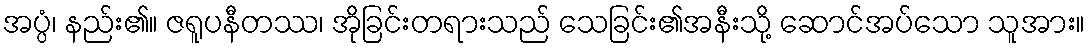
အပ္ပံ၊ နည်း၏။ ဇရူပနီတဿ၊ အိုခြင်းတရားသည် သေခြင်း၏အနီးသို့ ဆောင်အပ်သော သူအား။